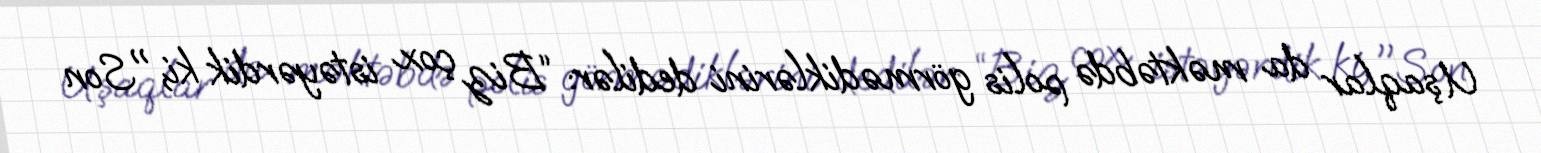
Uşaqlar da məktəbdə polis görmədiklərini dedilər: “Biz çox istəyərdik ki, "Son